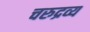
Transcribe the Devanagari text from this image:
चरुद्रव्य